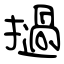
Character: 撾